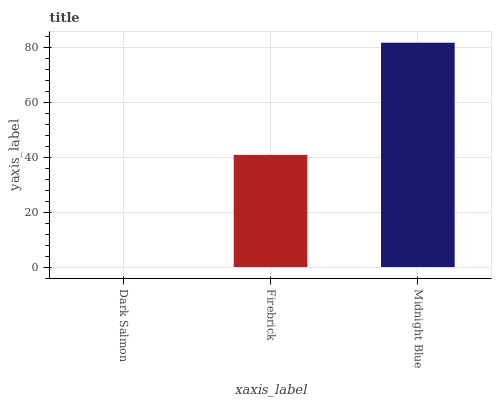
| xaxis_label | bars |
 | --- | --- |
 | Dark Salmon | 0 |
 | Firebrick | 40.8 |
 | Midnight Blue | 81.6 |